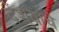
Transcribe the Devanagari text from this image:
देशयांचे